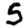
Digit: 5